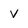
Character: v